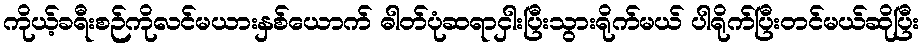
ကိုယ့်ခရီးစဉ်ကိုလင်မယားနှစ်ယောက် ဓါတ်ပုံဆရာငှါးပြီးသွားရိုက်မယ် ပါရိုက်ပြီးတင်မယ်ဆိုပြီး